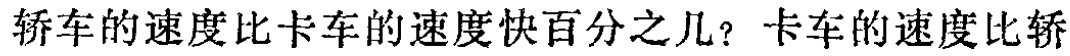
轿车的速度比卡车的速度快百分之几？卡车的速度比轿